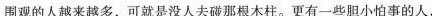
围观的人越来越多，可就是没人去碰那根木柱。更有一些胆小怕事的的人，